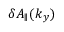
\delta A _ { \parallel } ( k _ { y } )